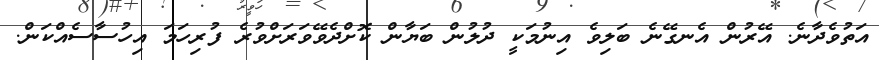
އަތުވެދާނެ. އޭރުން އެނގޭނެ ބަލިވެ އިނުމަކީ ދުލުން ބަޔާން ކޮށްދެވޭވަރަށްވުރެ ފުރިހަމަ އިހުސާސެއްކަން.